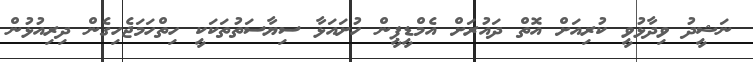
ނަޝީދު ވިދާޅުވީ ކުރިއަށް އޮތް ދައުރަށް އެމްޑީޕީން ހުށައަޅާ ސިޔާސަތުތަކަކީ ހިތްހަމަޖެހިގެން ދިރިއުޅުން